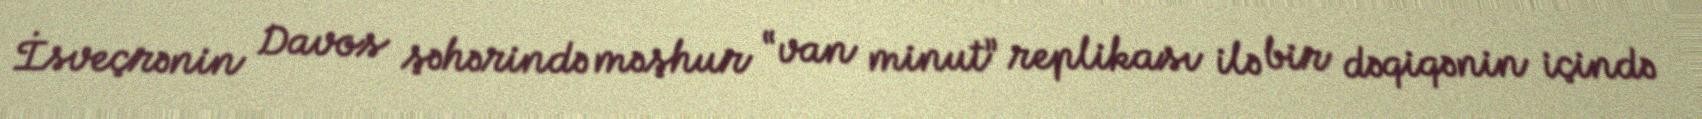
İsveçrənin Davos şəhərində məşhur “van minut” replikası ilə bir dəqiqənin içində